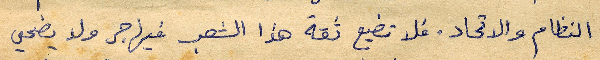
النظام والاتحاد. فلا تضيع ثقة هذا الشعب فيهاجر ولا يضحي